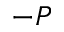
- P